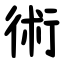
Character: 術